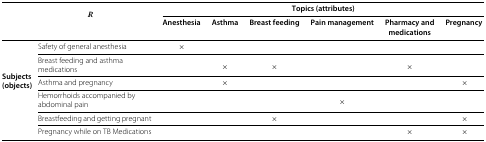
<table><thead><tr><td><b> </b></td><td><b><i>R</i></b></td><td colspan="6"><b>Topics (attributes)</b></td></tr><tr><td><b> </b></td><td><b> </b></td><td><b>Anesthesia</b></td><td><b>Asthma</b></td><td><b>Breast feeding</b></td><td><b>Pain management</b></td><td><b>Pharmacy and</b></td><td><b>Pregnancy</b></td></tr><tr><td><b> </b></td><td><b> </b></td><td><b> </b></td><td><b> </b></td><td><b> </b></td><td><b> </b></td><td><b>medications</b></td><td><b> </b></td></tr></thead><tbody><tr><td rowspan="5"><b>Subjects (objects)</b></td><td>Safety of general anesthesia</td><td>×</td><td> </td><td> </td><td> </td><td> </td><td> </td></tr><tr><td>Breast feeding and asthma medications</td><td> </td><td>×</td><td>×</td><td> </td><td>×</td><td> </td></tr><tr><td>Asthma and pregnancy</td><td> </td><td>×</td><td> </td><td> </td><td> </td><td>×</td></tr><tr><td>Hemorrhoids accompanied by abdominal pain</td><td> </td><td> </td><td> </td><td>×</td><td> </td><td> </td></tr><tr><td>Breastfeeding and getting pregnant</td><td> </td><td> </td><td>×</td><td> </td><td> </td><td>×</td></tr><tr><td> </td><td>Pregnancy while on TB Medications</td><td> </td><td> </td><td> </td><td> </td><td>×</td><td>×</td></tr></tbody></table>